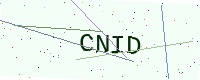
Text: CNID